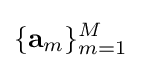
\{\mathbf {a} _{m}\}_{m=1}^{M}